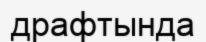
драфтында